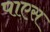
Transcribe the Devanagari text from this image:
पाएस